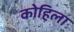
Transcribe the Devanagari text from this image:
कोहिला